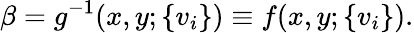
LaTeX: \beta=g^{-1}(x,y;\{ v_{i}\} )\equiv f(x,y;\{ v_{i}\} ).